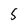
Character: S